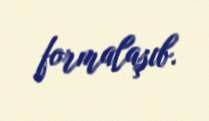
formalaşıb.